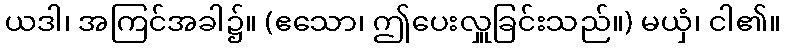
ယဒါ၊ အကြင်အခါ၌။ (ဧသော၊ ဤပေးလှူခြင်းသည်။) မယှံ၊ ငါ၏။